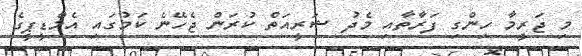
މި ޖަރީމާ ހިންގި ފަރާތާއި މެދު ޝަރީއަތް ކުރަން ޖެހޭނެ ކަމުގައި އެމްޑީޕީގެ